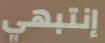
إنتبهي